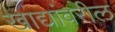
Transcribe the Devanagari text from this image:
खाद्यांवरील